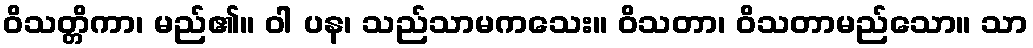
ဝိသတ္တိကာ၊ မည်၏။ ဝါ ပန၊ သည်သာမကသေး။ ဝိသတာ၊ ဝိသတာမည်သော။ သာ